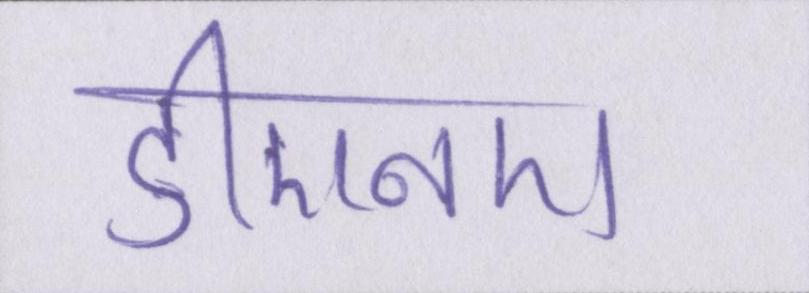
डीएनए